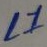
Text: L1